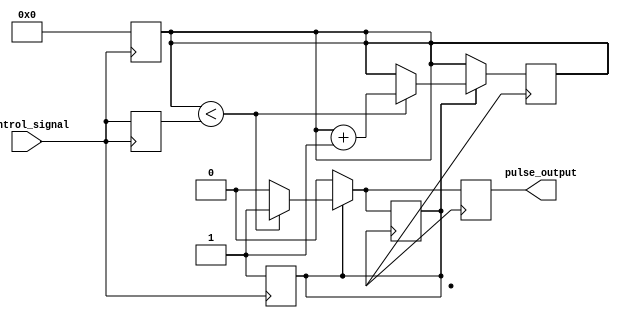
module pulse_width_generator(
    input wire control_signal,
    output reg pulse_output
);

reg [7:0] count;
reg pulse_state;
reg pulse_width;

always @(posedge control_signal) begin
    pulse_width <= control_signal;
    count <= 0;
    pulse_state <= 1;
end

always @(posedge clk) begin
    if (pulse_state == 1) begin
        if (count < pulse_width) begin
            pulse_output <= 1;
            count <= count + 1;
        end else begin
            pulse_output <= 0;
            pulse_state <= 0;
        end
    end else begin
        pulse_output <= 0;
    end
end

endmodule